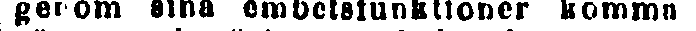
genom sina embetsfunktioner komma